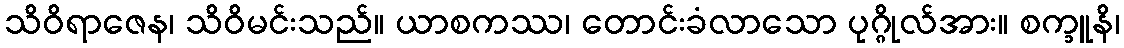
သိဝိရာဇေန၊ သိဝိမင်းသည်။ ယာစကဿ၊ တောင်းခံလာသော ပုဂ္ဂိုလ်အား။ စက္ခူနိ၊